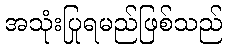
အသုံးပြုရမည်ဖြစ်သည်